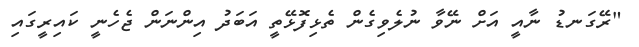
"ރޭގަނޑު ނާއީ އަށް ނޭވާ ނުލެވިގެން ތެޅިފޮޅޭތީ އަބަދު އިންނަން ޖެހެނީ ކައިރީގައި